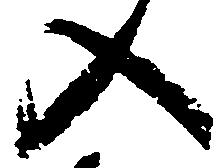
入